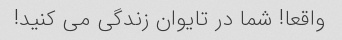
واقعا! شما در تایوان زندگی می کنید!